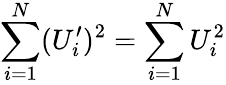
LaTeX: \sum_{i=1}^{N}(U_{i}^{\prime})^{2}=\sum_{i=1}^{N}U_{i}^{2}